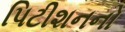
પિટીશનનો